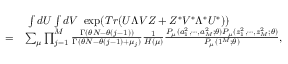
\begin{array} { r l } & { \ \int d U \int d V \ \exp ( T r ( U \Lambda V Z + Z ^ { * } V ^ { * } \Lambda ^ { * } U ^ { * } ) ) } \\ { = } & { \sum _ { \mu } \prod _ { j = 1 } ^ { M } \frac { \Gamma ( \theta N - \theta ( j - 1 ) ) } { \Gamma ( \theta N - \theta ( j - 1 ) + \mu _ { j } ) } \frac { 1 } { H ( \mu ) } \frac { P _ { \mu } ( a _ { 1 } ^ { 2 } , \cdots , a _ { M } ^ { 2 } ; \theta ) P _ { \mu } ( z _ { 1 } ^ { 2 } , \cdots , z _ { M } ^ { 2 } ; \theta ) } { P _ { \mu } ( 1 ^ { M } ; \theta ) } , } \end{array}